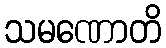
သမဏောတိ